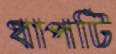
ধাপটি